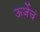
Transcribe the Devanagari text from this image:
ऊर्जेचं